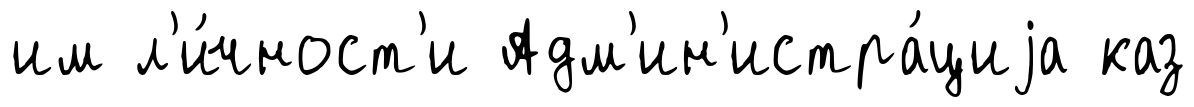
им л'и́чност'и Адм'ин'истра́циjа каз